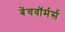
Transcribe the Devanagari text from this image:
बेंचवॉर्मर्स